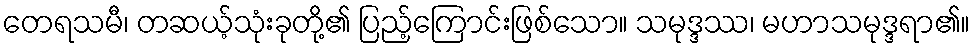
တေရသမီ၊ တဆယ့်သုံးခုတို့၏ ပြည့်ကြောင်းဖြစ်သော။ သမုဒ္ဒဿ၊ မဟာသမုဒ္ဒရာ၏။